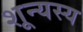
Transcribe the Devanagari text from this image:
शून्यस्य